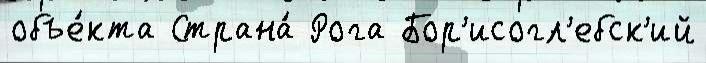
объе́кта Страна́ Рога Бор'исогл'ебск'ий